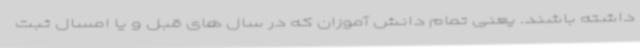
داشته باشند. یعنی تمام دانش آموزان که در سال های قبل و یا امسال ثبت